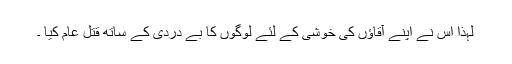
لہذا اس نے اپنے آقاؤں کی خوشی کے لئے لوگوں کا بے دردی کے ساتھ قتل عام کیا ۔